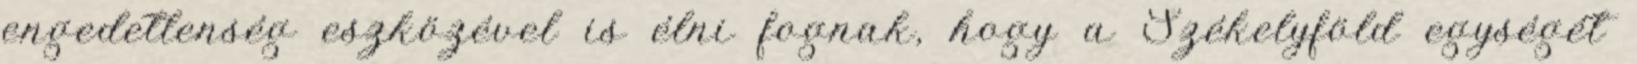
engedetlenség eszközével is élni fognak, hogy a Székelyföld egységét